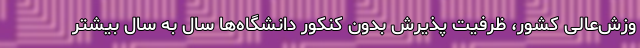
وزش‌عالی کشور، ظرفیت پذیرش بدون کنکور دانشگاه‌ها سال به سال بیشتر